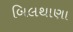
બિલથાણા